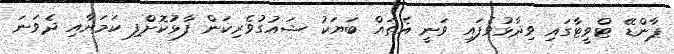
ޕާންޑޭ ޓްވީޓާގައި ވިދާޅުވެފައި ވަނީ އެތައް ބަޔަކު ޝައުގުވެރިކަން ފާޅުކޮށްފި ކަމަށާއި ދެވަނަ